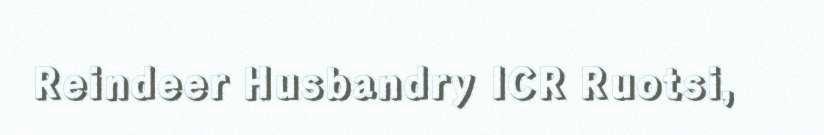
Reindeer Husbandry ICR Ruotsi,